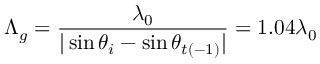
\Lambda _ { g } = \frac { \lambda _ { 0 } } { | \sin \theta _ { i } - \sin \theta _ { t ( - 1 ) } | } = 1 . 0 4 \lambda _ { 0 }